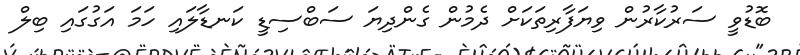
ބޮޑުވީ ސަރުކާރުން ވިޔަފާރިތަކަށް ދެމުން ގެންދިޔަ ސަބްސިޑީ ކަނޑާލައި ހަމަ އަގުގައި ބިލް